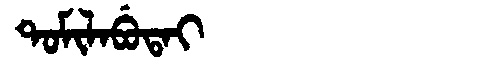
Manchu: ᡨᠣᠮᡳᠯᠠᠪᡠᡨᠠᡳ
Romanization: TOMILABUTAI